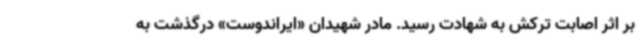
بر اثر اصابت ترکش به شهادت رسید. مادر شهیدان «ایراندوست» درگذشت به